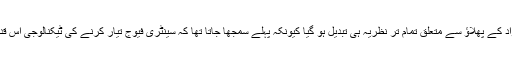
وہ کہتے ہیں کہ ڈاکٹر قدیر کے اس اقدام کی وجہ سے امریکہ میں جوہری مواد کے پھلاؤ سے متعلق تمام تر نظریہ ہی تبدیل ہو گیا کیونکہ پہلے سمجھا جاتا تھا کہ سینٹری فیوج تیار کرنے کی ٹیکنالوجی اس قدر پیچیدہ ہے کہ ترقی پزیر اور غریب ملکوں کیلئے ایسا کرنا ممکن نہیں ہے۔